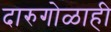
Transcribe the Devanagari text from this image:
दारुगोळाही